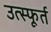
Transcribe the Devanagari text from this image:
उत्‍स्फूर्त